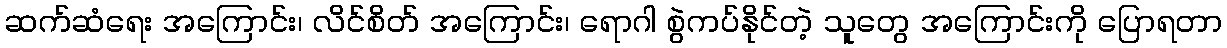
ဆက်ဆံရေး အကြောင်း၊ လိင်စိတ် အကြောင်း၊ ရောဂါ စွဲကပ်နိုင်တဲ့ သူတွေ အကြောင်းကို ပြောရတာ